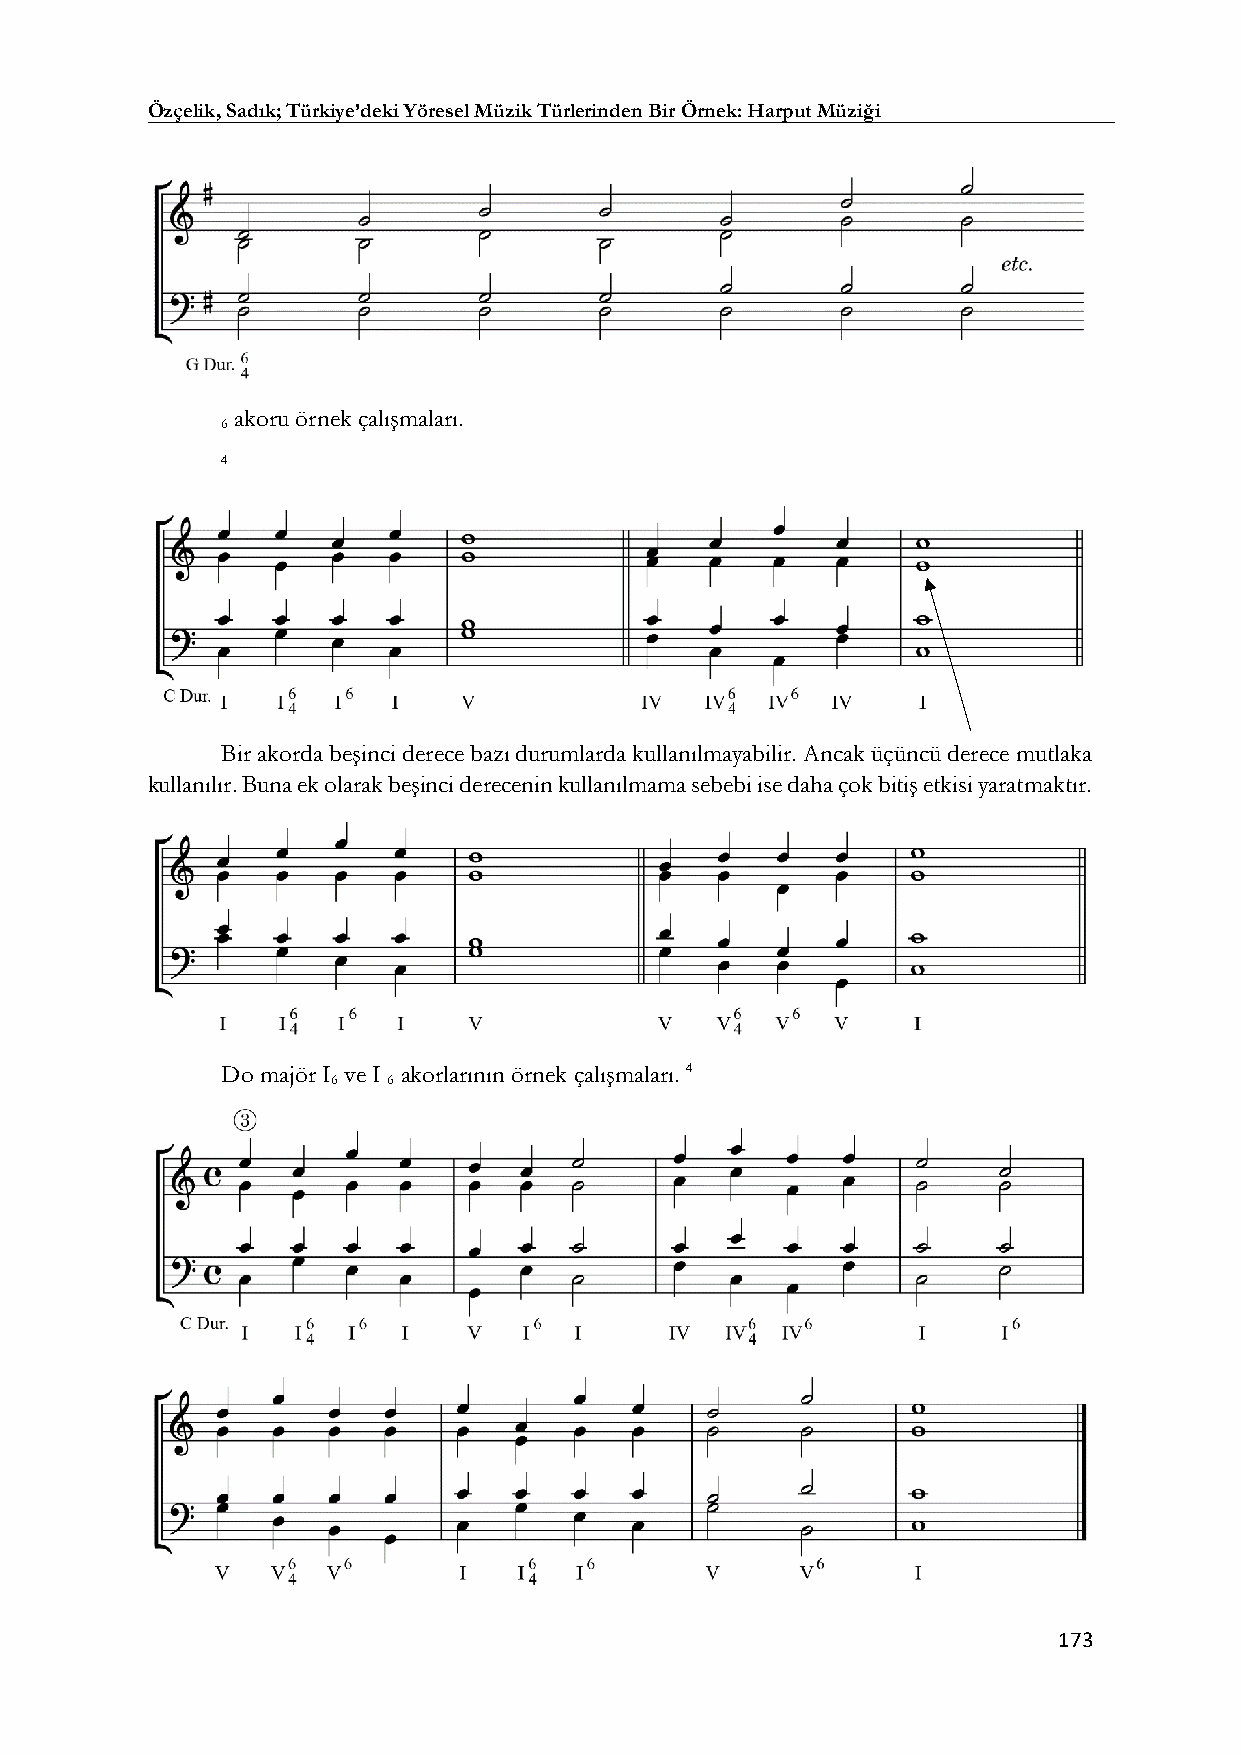
Özçelik, Sadık; Türkiye’deki Yöresel Müzik Türlerinden Bir Örnek: Harput Müziği
 akoru örnek çalışmaları.
 6
 4
 Bir akorda beşinci derece bazı durumlarda kullanılmayabilir. Ancak üçüncü derece mutlaka
 kullanılır. Buna ek olarak beşinci derecenin kullanılmama sebebi ise daha çok bitiş etkisi yaratmaktır.
 Do majör I ve I akorlarının örnek çalışmaları. 4
 6   6
 173